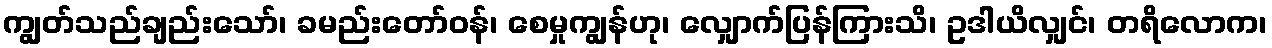
ကျွတ်သည်ချည်းသော်၊ ခမည်းတော်ဝန်၊ စေမှုကျွန်ဟု၊ လျှောက်ပြန်ကြားသိ၊ ဥဒါယိလျှင်၊ တရိလောက၊